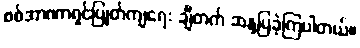
စစ်အာဏာရှင်ပြုတ်ကျရေး ချီတက် ဆန္ဒပြခဲ့ကြပါတယ်။